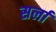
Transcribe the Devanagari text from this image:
सर्ला